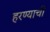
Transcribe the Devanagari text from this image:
हरण्याची